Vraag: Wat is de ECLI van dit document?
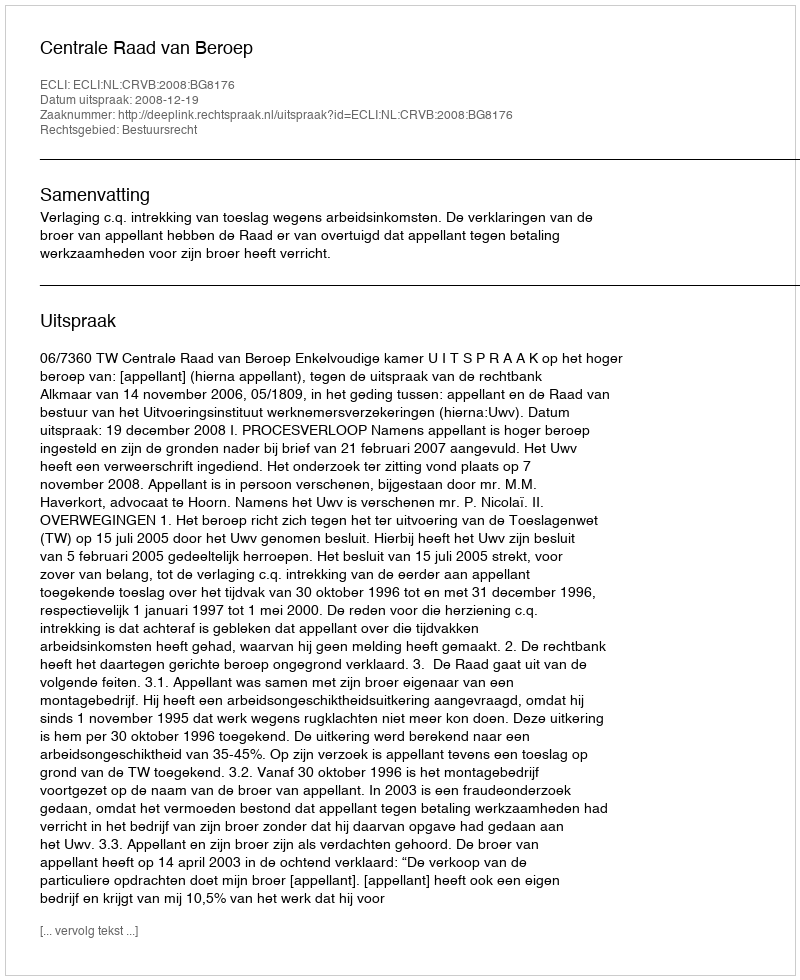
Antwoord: ECLI:NL:CRVB:2008:BG8176